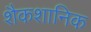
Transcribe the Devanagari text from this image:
शैकशानिक